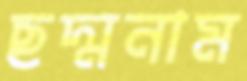
ছদ্মনাম